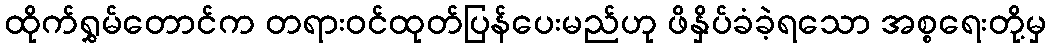
ထိုက်ရွှမ်တောင်က တရားဝင်ထုတ်ပြန်ပေးမည်ဟု ဖိနှိပ်ခံခဲ့ရသော အစ္စရေးတို့မှ